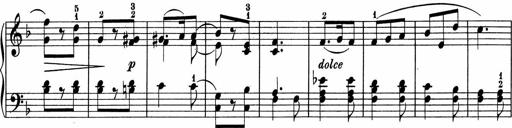
Title: 5 Sonatinen fÃ¼r die Jugend
Composer: Carl Reinecke